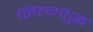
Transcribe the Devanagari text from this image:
नित्यशुद्ध